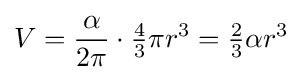
V={\frac {\alpha }{2\pi }}\cdot {\tfrac {4}{3}}\pi r^{3}={\tfrac {2}{3}}\alpha r^{3}